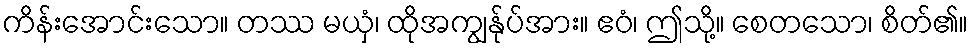
ကိန်းအောင်းသော။ တဿ မယှံ၊ ထိုအကျွန်ုပ်အား။ ဧဝံ၊ ဤသို့။ စေတသော၊ စိတ်၏။